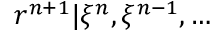
\begin{array} { r } { r ^ { n + 1 } | \xi ^ { n } , \xi ^ { n - 1 } , \dots } \end{array}